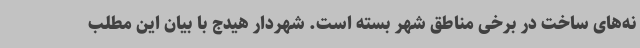
نه‌های ساخت در برخی مناطق شهر بسته است. شهردار هیدج با بیان این مطلب